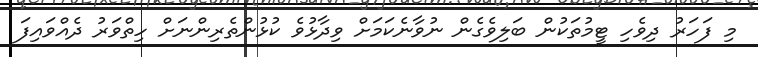
މި ފަހަރު ދިވެހި ޓީމުތަކުން ބަލިވެގެން ނުވާނެކަމަށް ވިދާޅުވެ ކުޅުންތެރިންނަށް ހިތްވަރު ދެއްވައިފަ